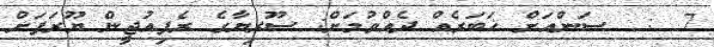
7  :  ސަންއަށް ޚަބަރެއް ދެއްވުމަށް: ސޫރިޔާގެ ރެފިއުޖީން ޔޫރަޕަށް